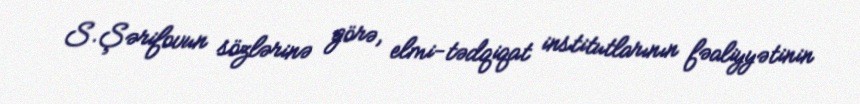
S.Şərifovun sözlərinə görə, elmi-tədqiqat institutlarının fəaliyyətinin